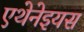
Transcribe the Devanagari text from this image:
एथेनेइयस